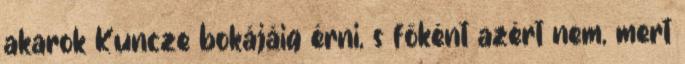
akarok Kuncze bokájáig érni, s főként azért nem, mert